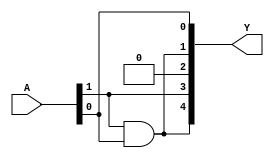
`timescale 1ns / 1ps
//////////////////////////////////////////////////////////////////////////////////
// Company: 
// Engineer: 
// 
// Design Name: 
// Module Name: CUBE_VALUE
// Project Name: 
// Target Devices: 
// Tool Versions: 
// Description: 
// 
// Dependencies: 
// 
// Revision:
// Revision 0.01 - File Created
// Additional Comments:
// 
//////////////////////////////////////////////////////////////////////////////////


module CUBE_VALUE(
  input [1:0] A,            // 2-bit input A
  output [4:0] Y            // 5-bit output Y
);
  // Assignments to compute the cube value based on the input bits
  
  // Output Y[0] is directly assigned the value of the least significant bit of input A[0].
  assign Y[0] = A[0];
  
  // Output Y[1] is assigned the result of the bitwise AND operation between A[1] and A[0].
  assign Y[1] = A[1] & A[0];
  
  // Output Y[2] is hard-wired to 0.
  assign Y[2] = 1'b0;
  
  // Output Y[3] is directly assigned the value of the most significant bit of input A[1].
  assign Y[3] = A[1];
  
  // Output Y[4] is assigned the result of the bitwise AND operation between A[1] and A[0].
  assign Y[4] = A[1] & A[0];
endmodule